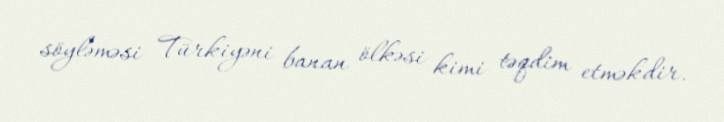
söyləməsi Türkiyəni banan ölkəsi kimi təqdim etməkdir.